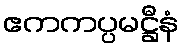
ဧကကပ္ပမဋ္ဌီနံ